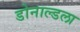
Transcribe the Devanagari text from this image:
डोनाल्डला